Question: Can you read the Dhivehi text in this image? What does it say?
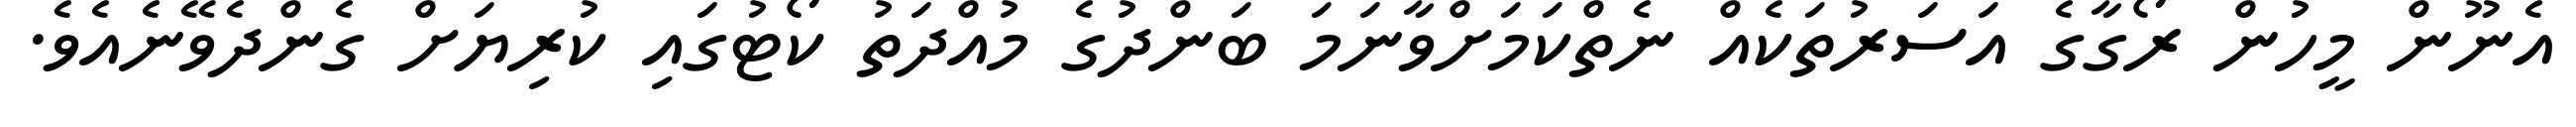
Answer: އެނޫން މީހުން ރޯގާގެ އަސަރުތަކެއް ނެތްކަމަށްވާނަމަ ބަންދުގެ މުއްދަތު ކޯޓުގައި ކުރިޔަށް ގެންދެވޭނެއެވެ.